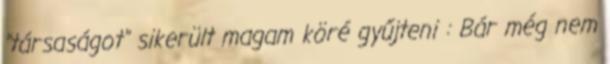
"társaságot" sikerült magam köré gyűjteni : Bár még nem